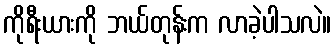
ကိုရီးယားကို ဘယ်တုန်းက လာခဲ့ပါသလဲ။